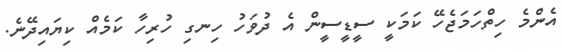
އެންމެ ހިތްހަމަޖެހޭ ކަމަކީ ސީޑީސީން އެ ދުވަހު ހިނގި ހުރިހާ ކަމެއް ކިޔައިދޭނެ.